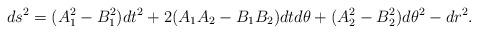
LaTeX: \begin{align*}ds^2= (A_1^2-B_1^2) dt^2+2 (A_1 A_2-B_1 B_2)d t d\theta+(A_2^2-B^2_2)d\theta^2 -d r^2.\end{align*}